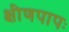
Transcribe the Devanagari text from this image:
क्षीणपापः